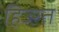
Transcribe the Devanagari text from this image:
हिज्ऱत